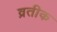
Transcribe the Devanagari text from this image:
व्रतीक